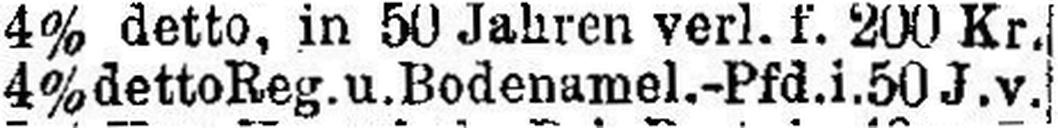
4% detto Reg. u. Bodenamel.-Pfd.i.50 J. v.